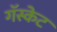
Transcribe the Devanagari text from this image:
गॅस्केट